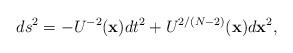
LaTeX: \begin{align*}ds^2=-U^{-2}({\bf{x}}) dt^2+U^{2/(N-2)}({\bf{x}})d{\bf{x}}^2,\end{align*}